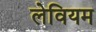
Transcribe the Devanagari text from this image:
लेवियम